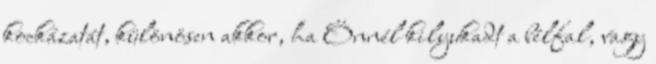
kockázatát, különösen akkor, ha Önnél kilyukadt a bélfal, vagy